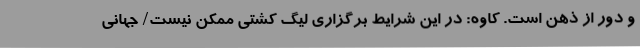
و دور از ذهن است. کاوه: در این شرایط برگزاری لیگ کشتی ممکن نیست/ جهانی